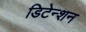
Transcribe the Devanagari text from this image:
डिटेन्शन